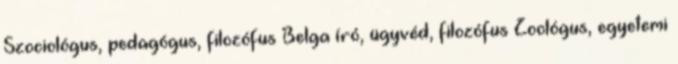
Szociológus, pedagógus, filozófus Belga író, ügyvéd, filozófus Zoológus, egyetemi